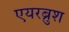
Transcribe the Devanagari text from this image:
एयरब्रुश